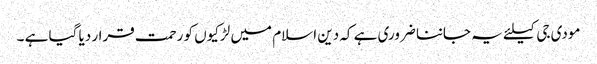
مودی جی کیلئے یہ جاننا ضروری ہے کہ دین اسلام میں لڑکیوں کو رحمت قرار دیا گیا ہے ۔